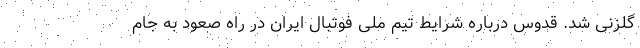
گلزنی شد. قدوس درباره شرایط تیم ملی فوتبال ایران در راه صعود به جام